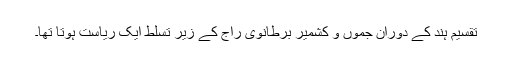
تقسیم ہند کے دوران جموں و کشمیر برطانوی راج کے زیر تسلط ایک ریاست ہوتا تھا۔